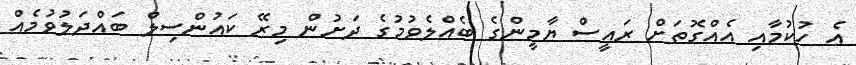
އެ ހުކުމާއި އެއްގޮތަށް ރައީސް ޔާމީންގެ ބެއްލެވުމުގެ ދަށުން މިރޭ ކައުންސިލް ބައްދަލުވުމެއް